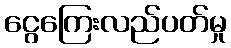
ငွေကြေးလည်ပတ်မှု